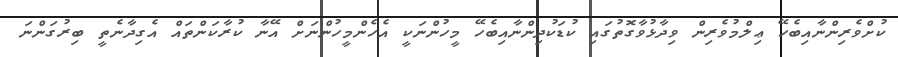
ކުށްވެރިންނާއިބެހޭ ޢިލްމުވެރިން ވިދާޅުވާގޮތުގައި ކުޑަކުދިންނާއިބެހޭ މީހުންނަކީ އެހެންމީހުންނަށް އޭނާ ކުރާކަންތައް އެގިދާނެތީ ބިރުގަންނަ